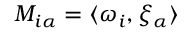
M _ { i \alpha } = \langle \omega _ { i } , \xi _ { \alpha } \rangle